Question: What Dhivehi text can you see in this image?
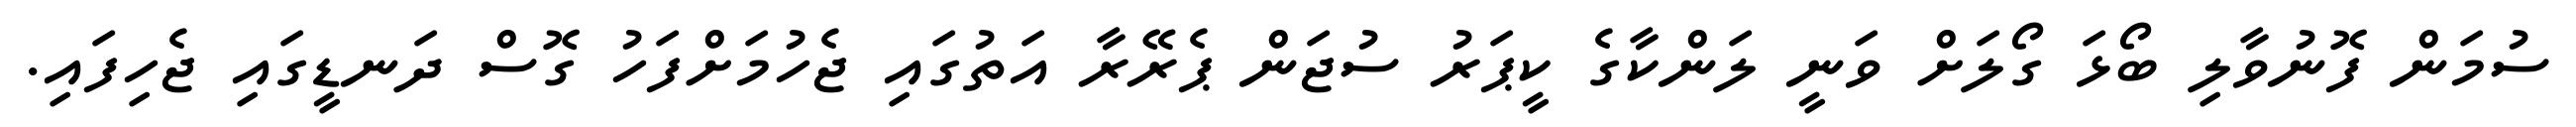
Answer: ސުމަން ފޮނުވާލި ބޯޅަ ގޯލަށް ވަނީ ލަންކާގެ ކީޕަރު ސުޖަން ޕެރޭރާ އަތުގައި ޖެހުމަށްފަހު ގޮސް ދަނޑީގައި ޖެހިފައި.